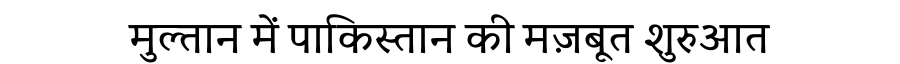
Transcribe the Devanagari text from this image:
मुल्तान में पाकिस्तान की मज़बूत शुरुआत